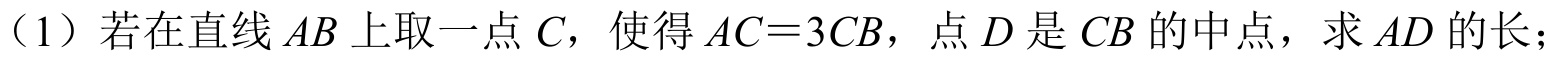
（1）若在直线\(AB\)上取一点\(C\)，使得\(AC = 3CB\)，点\(D\)是\(CB\)的中点，求\(AD\)的长；